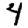
Digit: 4